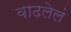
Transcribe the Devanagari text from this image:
वाढलेलं